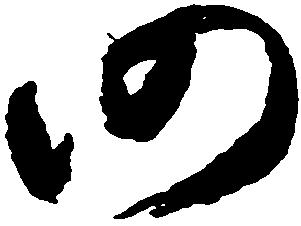
仍